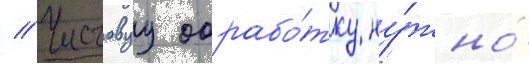
// Чистовуу обрабо́тку ну́жно